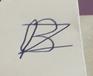
Signature authenticity: forged